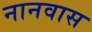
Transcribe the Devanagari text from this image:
नानवास